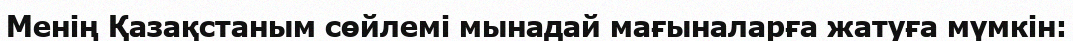
Менің Қазақстаным сөйлемі мынадай мағыналарға жатуға мүмкін: